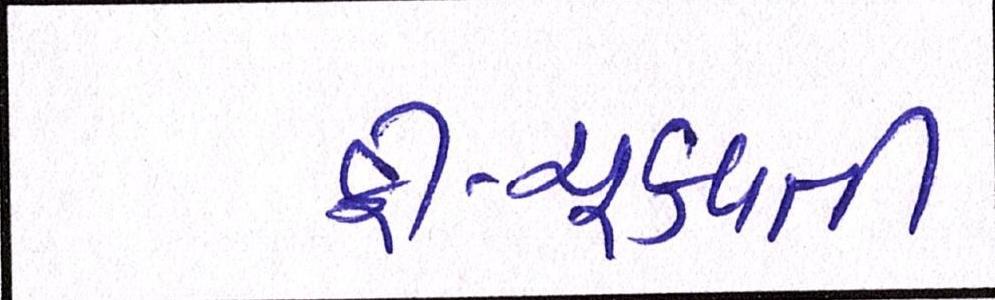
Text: ફી-ચૂકવતી